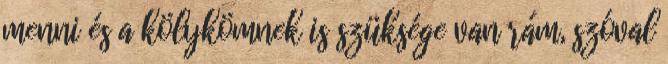
menni és a kölykömnek is szüksége van rám, szóval